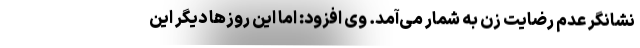
نشانگر عدم رضایت زن به شمار می‌آمد. وی افزود: اما این روزها دیگر این